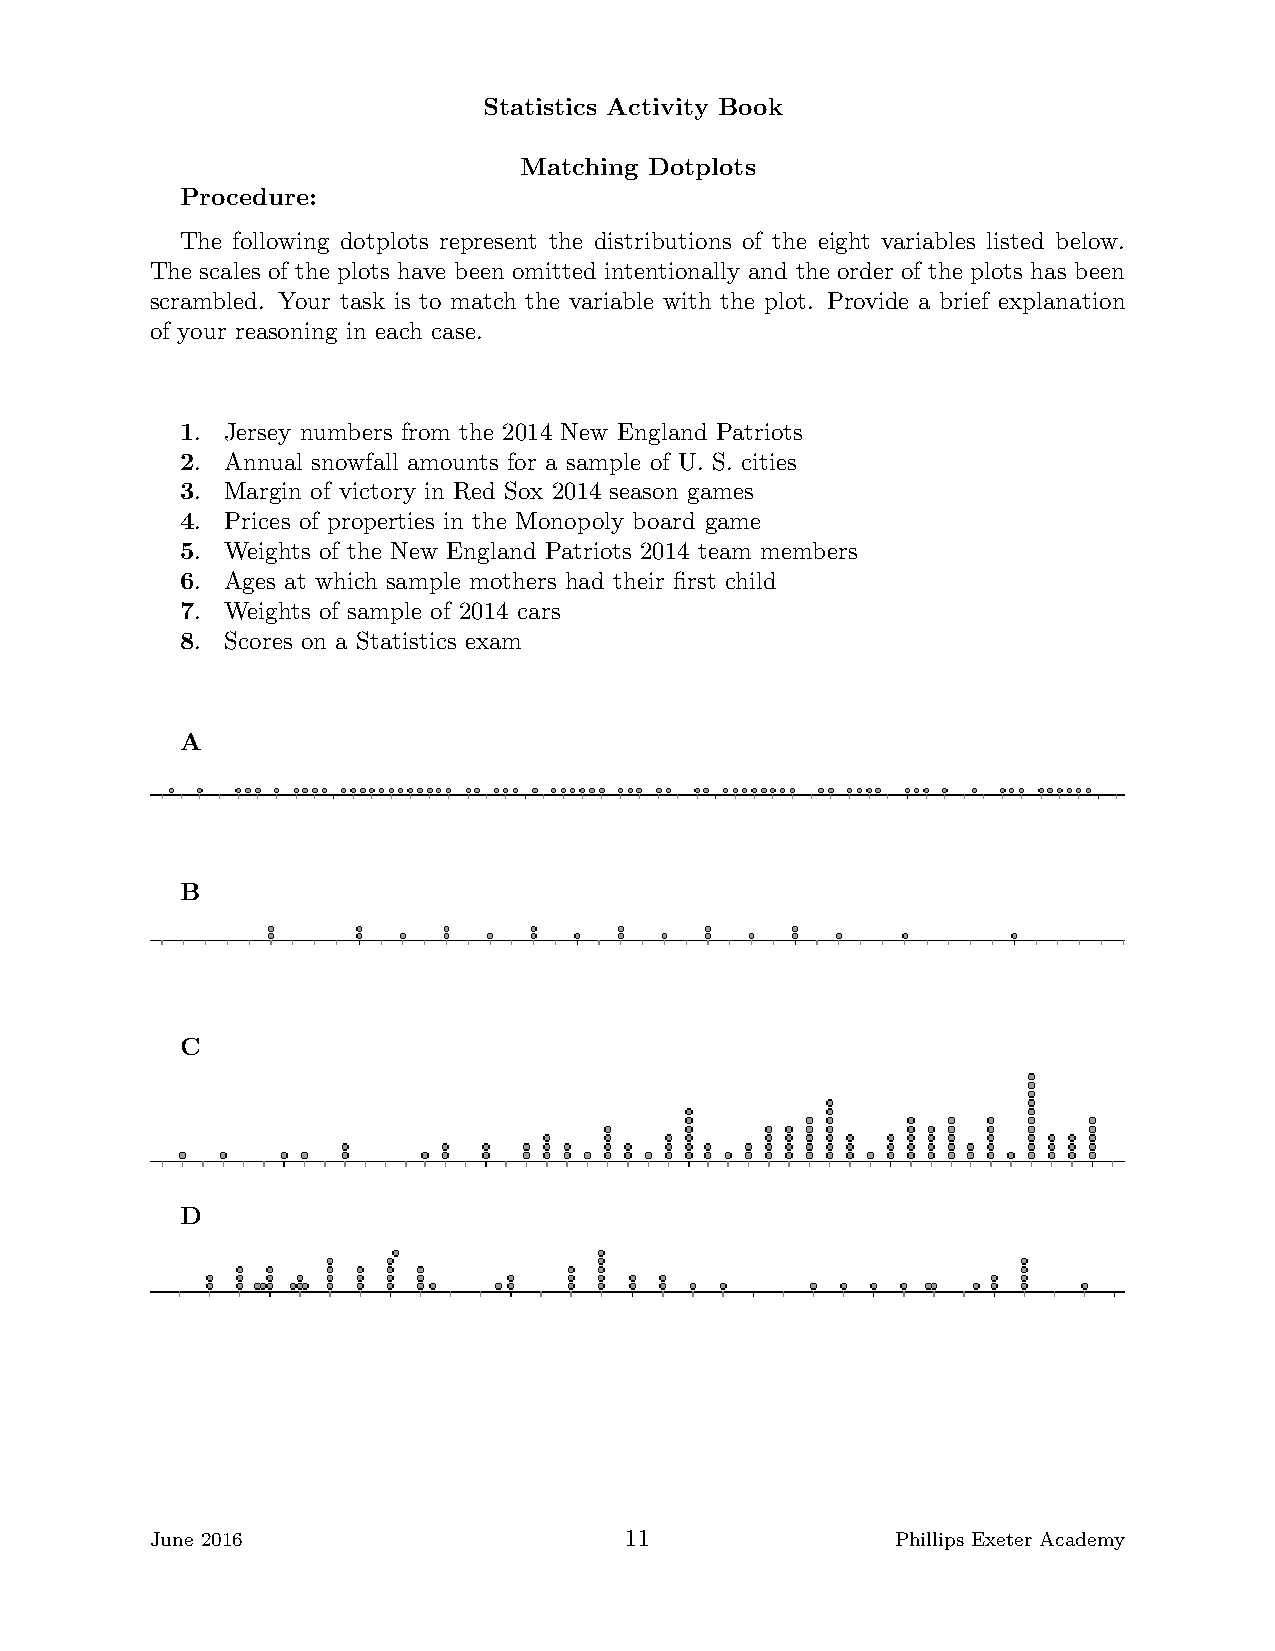
Statistics Activity Book
 Matching Dotplots
 Procedure:
 The following dotplots represent the distributions of the eight variables listed below.
 The scales of the plots have been omitted intentionally and the order of the plots has been
 scrambled. Your task is to match the variable with the plot. Provide a brief explanation
 of your reasoning in each case.
 1. Jersey numbers from the 2014 New England Patriots
 2. Annual snowfall amounts for a sample of U. S. cities
 3. Margin of victory in Red Sox 2014 season games
 4. Prices of properties in the Monopoly board game
 5. Weights of the New England Patriots 2014 team members
 6. Ages at which sample mothers had their first child
 7. Weights of sample of 2014 cars
 8. Scores on a Statistics exam
 A
 B
 C
 D
 June 2016                      11                Phillips Exeter Academy